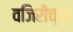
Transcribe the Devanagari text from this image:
वजिरीच्या